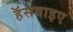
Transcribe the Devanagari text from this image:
हॅसवाइए